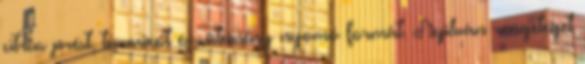
citrus prést, turmixot és sütemény nyomó formát. Nyilván rengeteget